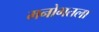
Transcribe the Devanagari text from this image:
मनोगतला